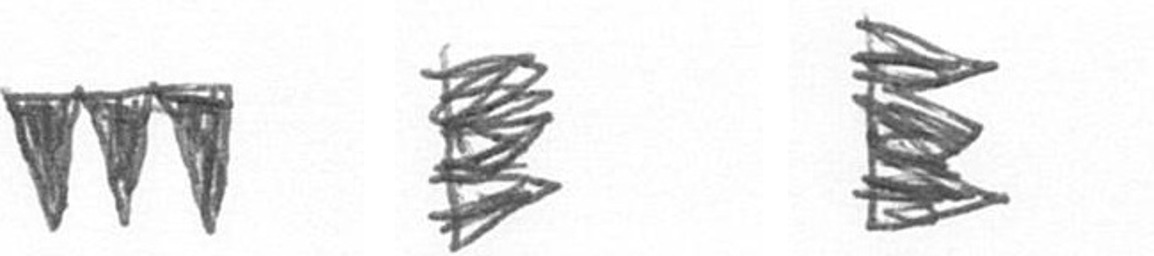
L H H